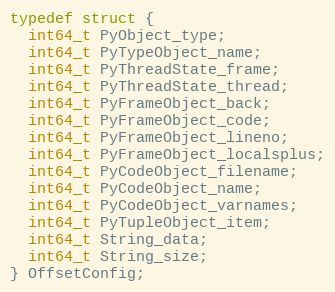
Language: C
typedef struct {
  int64_t PyObject_type;
  int64_t PyTypeObject_name;
  int64_t PyThreadState_frame;
  int64_t PyThreadState_thread;
  int64_t PyFrameObject_back;
  int64_t PyFrameObject_code;
  int64_t PyFrameObject_lineno;
  int64_t PyFrameObject_localsplus;
  int64_t PyCodeObject_filename;
  int64_t PyCodeObject_name;
  int64_t PyCodeObject_varnames;
  int64_t PyTupleObject_item;
  int64_t String_data;
  int64_t String_size;
} OffsetConfig;